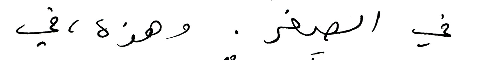
في الصغر . وهذه ، في